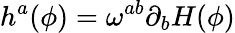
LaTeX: h^{a}(\phi)=\omega^{ab}\partial_{b}H(\phi)